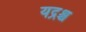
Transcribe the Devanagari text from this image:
यद्रश्च